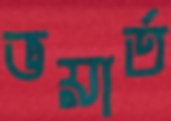
ভয়ার্ত